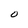
Character: O